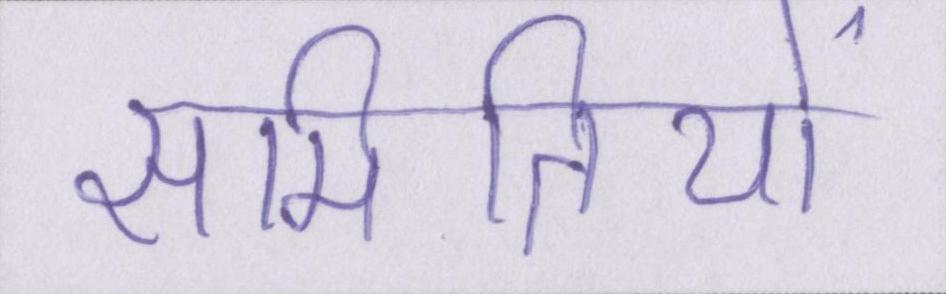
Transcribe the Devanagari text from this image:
समितियों